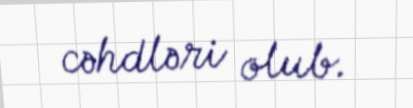
cəhdləri olub.